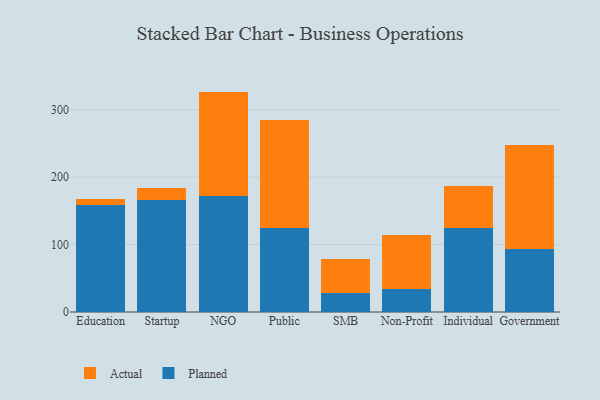
{"axis": {"x": "Segment", "y": "Churn Rate (%)"}, "legend": ["Actual", "Planned"], "data": [{"x": "Education", "y": 159.0, "type": "Planned"}, {"x": "Education", "y": 8.6, "type": "Actual"}, {"x": "Startup", "y": 165.9, "type": "Planned"}, {"x": "Startup", "y": 18.1, "type": "Actual"}, {"x": "NGO", "y": 172.0, "type": "Planned"}, {"x": "NGO", "y": 154.6, "type": "Actual"}, {"x": "Public", "y": 125.1, "type": "Planned"}, {"x": "Public", "y": 159.8, "type": "Actual"}, {"x": "SMB", "y": 27.8, "type": "Planned"}, {"x": "SMB", "y": 50.4, "type": "Actual"}, {"x": "Non-Profit", "y": 33.6, "type": "Planned"}, {"x": "Non-Profit", "y": 80.2, "type": "Actual"}, {"x": "Individual", "y": 124.4, "type": "Planned"}, {"x": "Individual", "y": 62.7, "type": "Actual"}, {"x": "Government", "y": 93.1, "type": "Planned"}, {"x": "Government", "y": 154.0, "type": "Actual"}]}